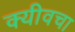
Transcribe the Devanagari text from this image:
क्यीवचा